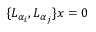
\{ L _ { \alpha _ { i } } , L _ { \alpha _ { j } } \} x = 0